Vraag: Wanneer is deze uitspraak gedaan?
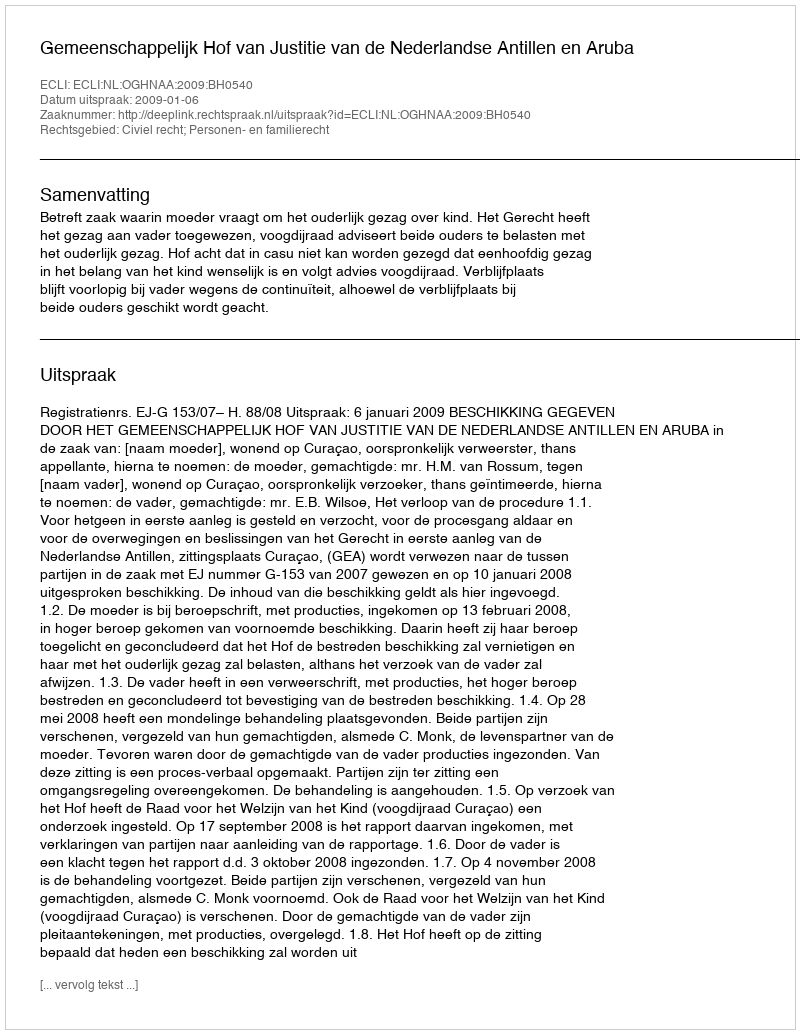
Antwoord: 2009-01-06